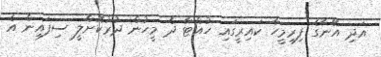
އަދި އޭނާގެ ފިރިމީހާ ކައިރީގައި ހުއްޓާ ދެ މީހުން ދުރުކޮށްލީ ސިފައިން އެ